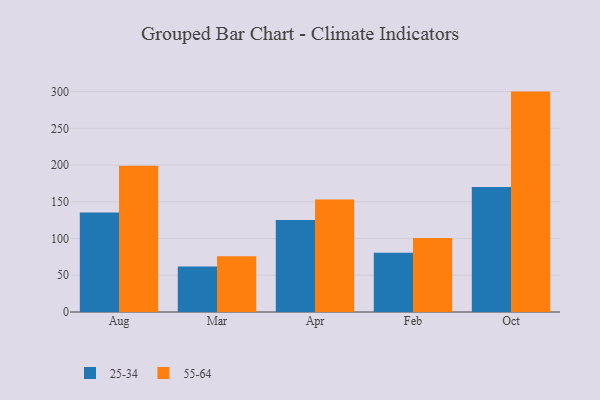
{"axis": {"x": "Month", "y": "Backlog"}, "legend": ["25-34", "55-64"], "data": [{"x": "Aug", "y": 135.3, "type": "25-34"}, {"x": "Aug", "y": 199.0, "type": "55-64"}, {"x": "Mar", "y": 61.8, "type": "25-34"}, {"x": "Mar", "y": 75.9, "type": "55-64"}, {"x": "Apr", "y": 125.3, "type": "25-34"}, {"x": "Apr", "y": 153.3, "type": "55-64"}, {"x": "Feb", "y": 80.7, "type": "25-34"}, {"x": "Feb", "y": 100.7, "type": "55-64"}, {"x": "Oct", "y": 170.3, "type": "25-34"}, {"x": "Oct", "y": 300.0, "type": "55-64"}]}